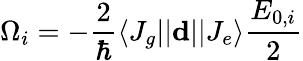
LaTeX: \Omega_{i}=-\frac{2}{\hbar}\langle J_{g}||\mathbf{d}||J_{e}\rangle\frac{E_{0,i}}{2}